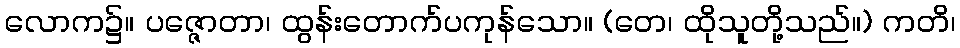
လောက၌။ ပဇ္ဇောတာ၊ ထွန်းတောက်ပကုန်သော။ (တေ၊ ထိုသူတို့သည်။) ကတိ၊